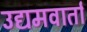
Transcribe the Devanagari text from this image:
उद्यमवार्ता